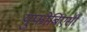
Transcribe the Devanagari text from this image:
युफोर्बिएसी